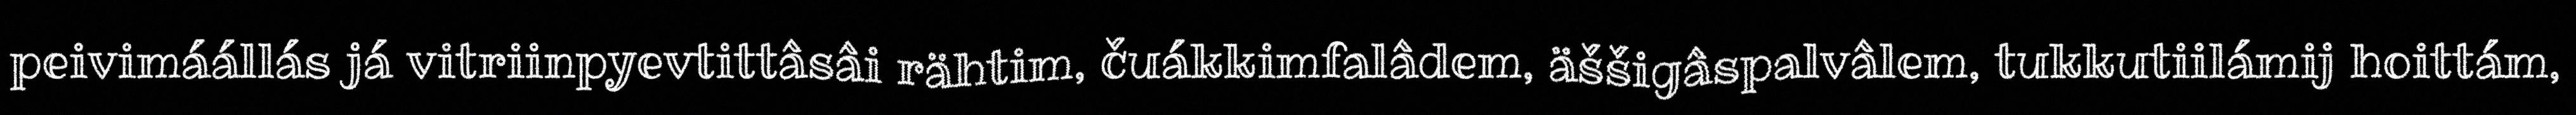
peivimáállás já vitriinpyevtittâsâi rähtim, čuákkimfalâdem, äššigâspalvâlem, tukkutiilámij hoittám,